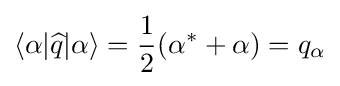
\langle \alpha |{\widehat {q}}|\alpha \rangle ={\frac {1}{2}}(\alpha ^{*}+\alpha )=q_{\alpha }